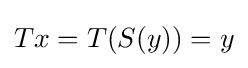
Tx=T(S(y))=y